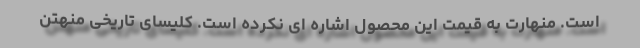
است. منهارت به قیمت این محصول اشاره ای نکرده است. کلیسای تاریخی منهتن